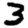
Digit: 3